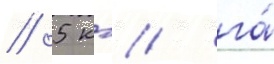
/ 5 кг/ га́